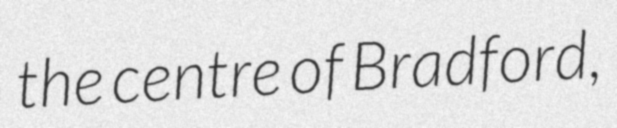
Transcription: the centre of Bradford,